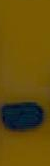
-